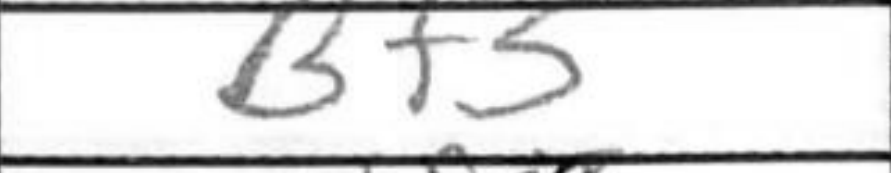
Transcription: Bf5